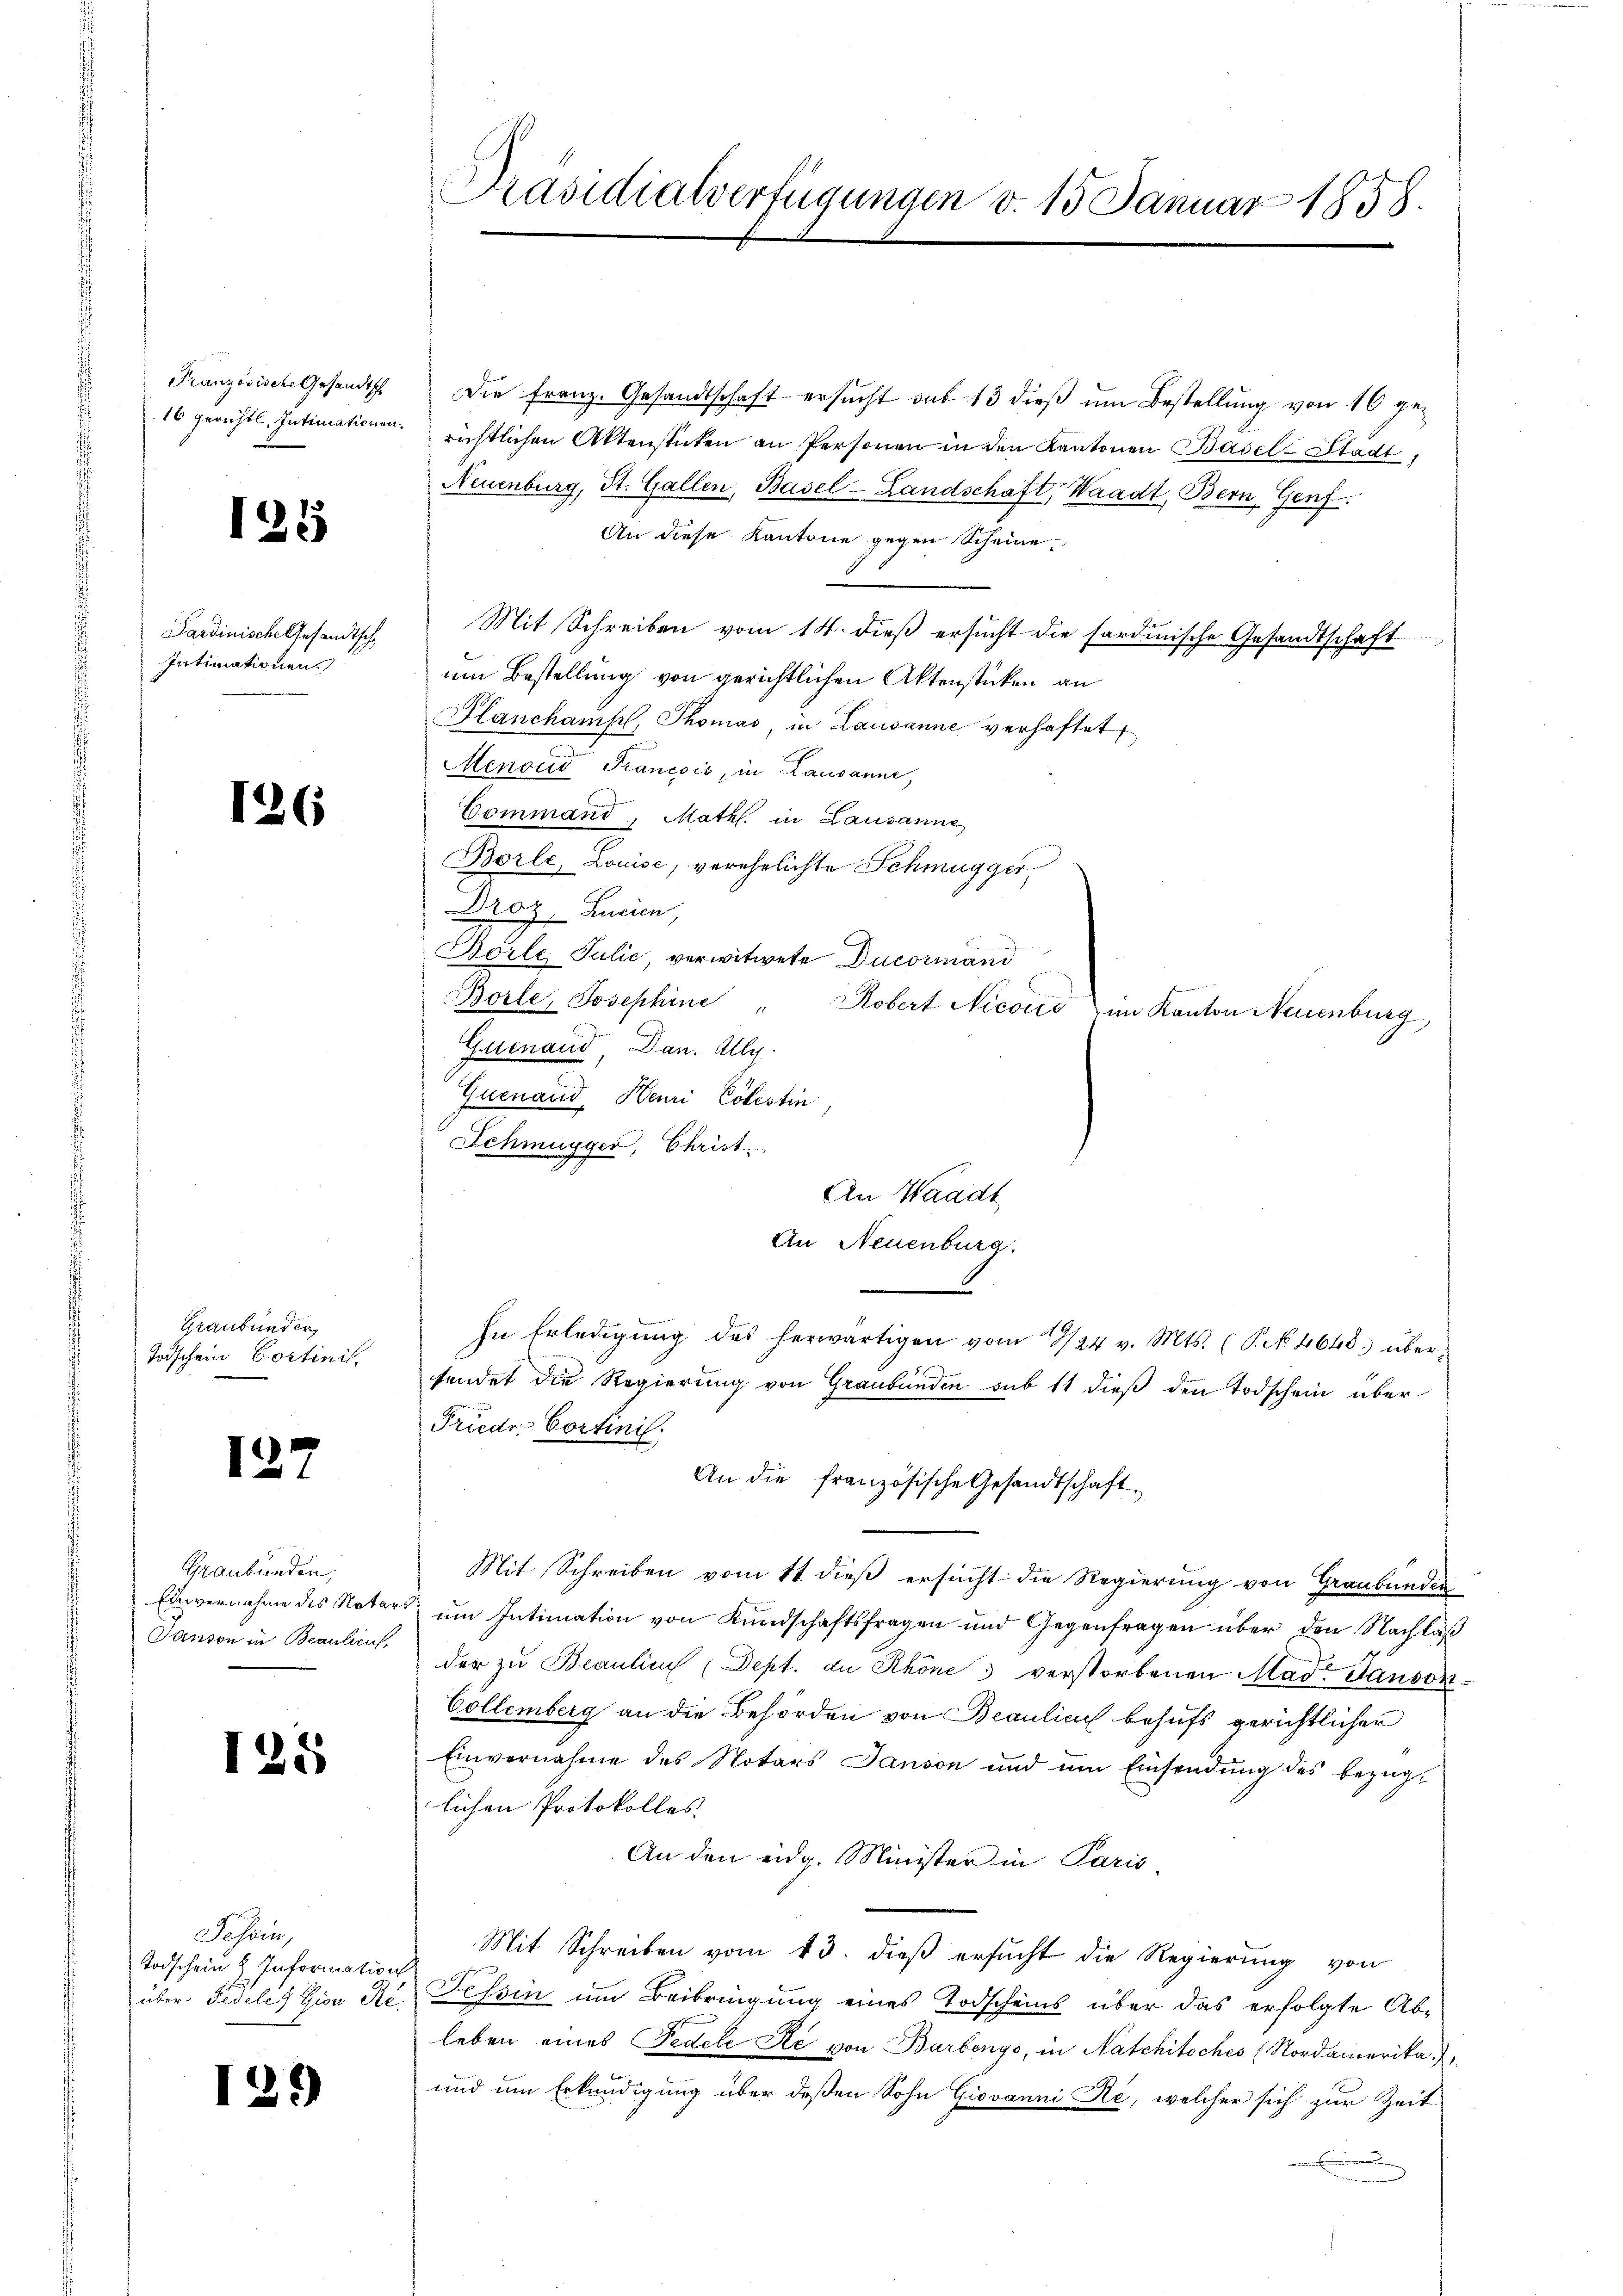
Französische Gesandtsch

125

Sardinische Gesandtsch
Intimationen.

126

Graubunder
Todschein Cortinil,

127

Graubünden,
Einvernahme des Notars
Panson in Beantrauf,

125

Soserin,
Todschein H. Information
über Fidelettive Re¬

129)

Präsidialverfügungen v. 15. Januar 1858.

Die Franz. Gesandtschaft ersucht das 13 dieß um Bestellung von 10 ge¬
16 gerichtl. Intimationen richtlichen Aktenstücken an Personen in den Kantonen Basel-Stadt,
Neuenburg, St. Gallen, Basel-Landschaft, Waadt, Bern Genf
An diese Kantone gegen Scheine
Mit Schreiben vom 14. dieβ ersŭcht die sardinische Gesandtschaft
um Bestellung von gerichtlichen Aktenstücken an
Planchamp, Thomas, in Lausanne verhaftet
Menoud Prancois, in Lausanne,
Command, Math. in Lausanne
Borle, Louise, verehelichte Schmugger,
Draz, Zurien,
Börle Julić, verwitwete Ducormand
Borle, Josephine " Robert Nicono im Kanton Neuenburg,
Guenaud, Dan. Ally.
Guenaud, Henri Cölestin
Schmugger, Christ
An Waadt
An Neuenburg
In Erledigŭng des herwärtigen vom 9/24 v. Mts. (T. No. 4648 überfendet die Regierung von Graubünden sub 11 dieß den Todschein über
Friedr. Cortini.
An die französische Gesandtschaft
Mit Schreiben vom 11. dieß ersucht die Regierung von Graubünden
um Intimation von Kundschaftsfragen und Gegenfragen über den Nachläß
der zu Beaulin (Dept. de Schöne verstorbenen Mad. Panson¬
Collemberg an die Behörden von Beaulini behufs gerichtlicher
Einvernahme des Notars Panson und um Einsendung des bezüglichen Protokolles
An den eidg. Minister in Paris,
Mit Schreiben vom 13. dieß ersucht die Regierung von
Tessin um Beibringung eines Todscheins über das erfolgte Ableben eines Fedele de von Barbenge, in Natchitsches (Nordamerika,
und um Erkundigung über deßen Sohn Giovanni Re, welcher sich zur Zeit